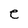
Character: e